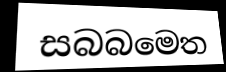
සබබමෙත